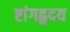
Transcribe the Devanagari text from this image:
ष्टांगहृदय